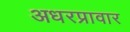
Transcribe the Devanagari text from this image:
अधरप्रावार